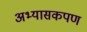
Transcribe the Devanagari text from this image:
अभ्यासकपण